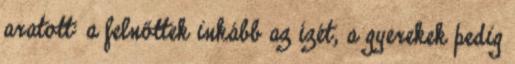
aratott: a felnőttek inkább az ízét, a gyerekek pedig